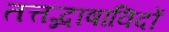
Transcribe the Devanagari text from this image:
तत्तद्भाषाविदों